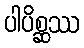
ပါပိစ္ဆဿ